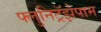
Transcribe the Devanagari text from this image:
फ्लुनिट्रॅझेपाम